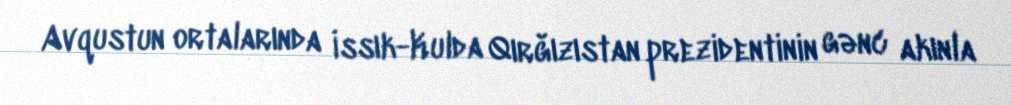
Avqustun ortalarında İssık-Kulda Qırğızıstan prezidentinin gənc akınla